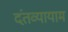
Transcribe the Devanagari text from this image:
दंतव्यायाम